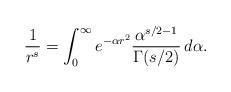
LaTeX: \begin{align*} \frac{1}{r^s} = \int_0^\infty e^{-\alpha r^2} \frac{\alpha^{s/2-1}}{\Gamma(s/2)} \, d\alpha.\end{align*}